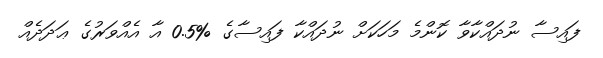
ފައިސާ ނުދައްކާވާ ކޮންމެ މަހަކަށް ނުދައްކާ ފައިސާގެ %0.5 އާ އެއްވަރުގެ ޢަދަދެއް